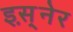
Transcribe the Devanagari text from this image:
इस़्नेर